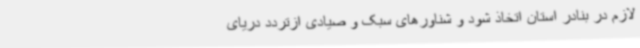
لازم در بنادر استان اتخاذ شود و شناورهای سبک و صیادی ازتردد دریای